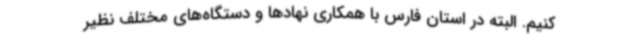
کنیم. البته در استان فارس با همکاری نهادها و دستگاه‌های مختلف نظیر